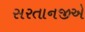
સરતાનજીએ